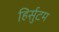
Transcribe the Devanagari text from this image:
हिर्सुटम